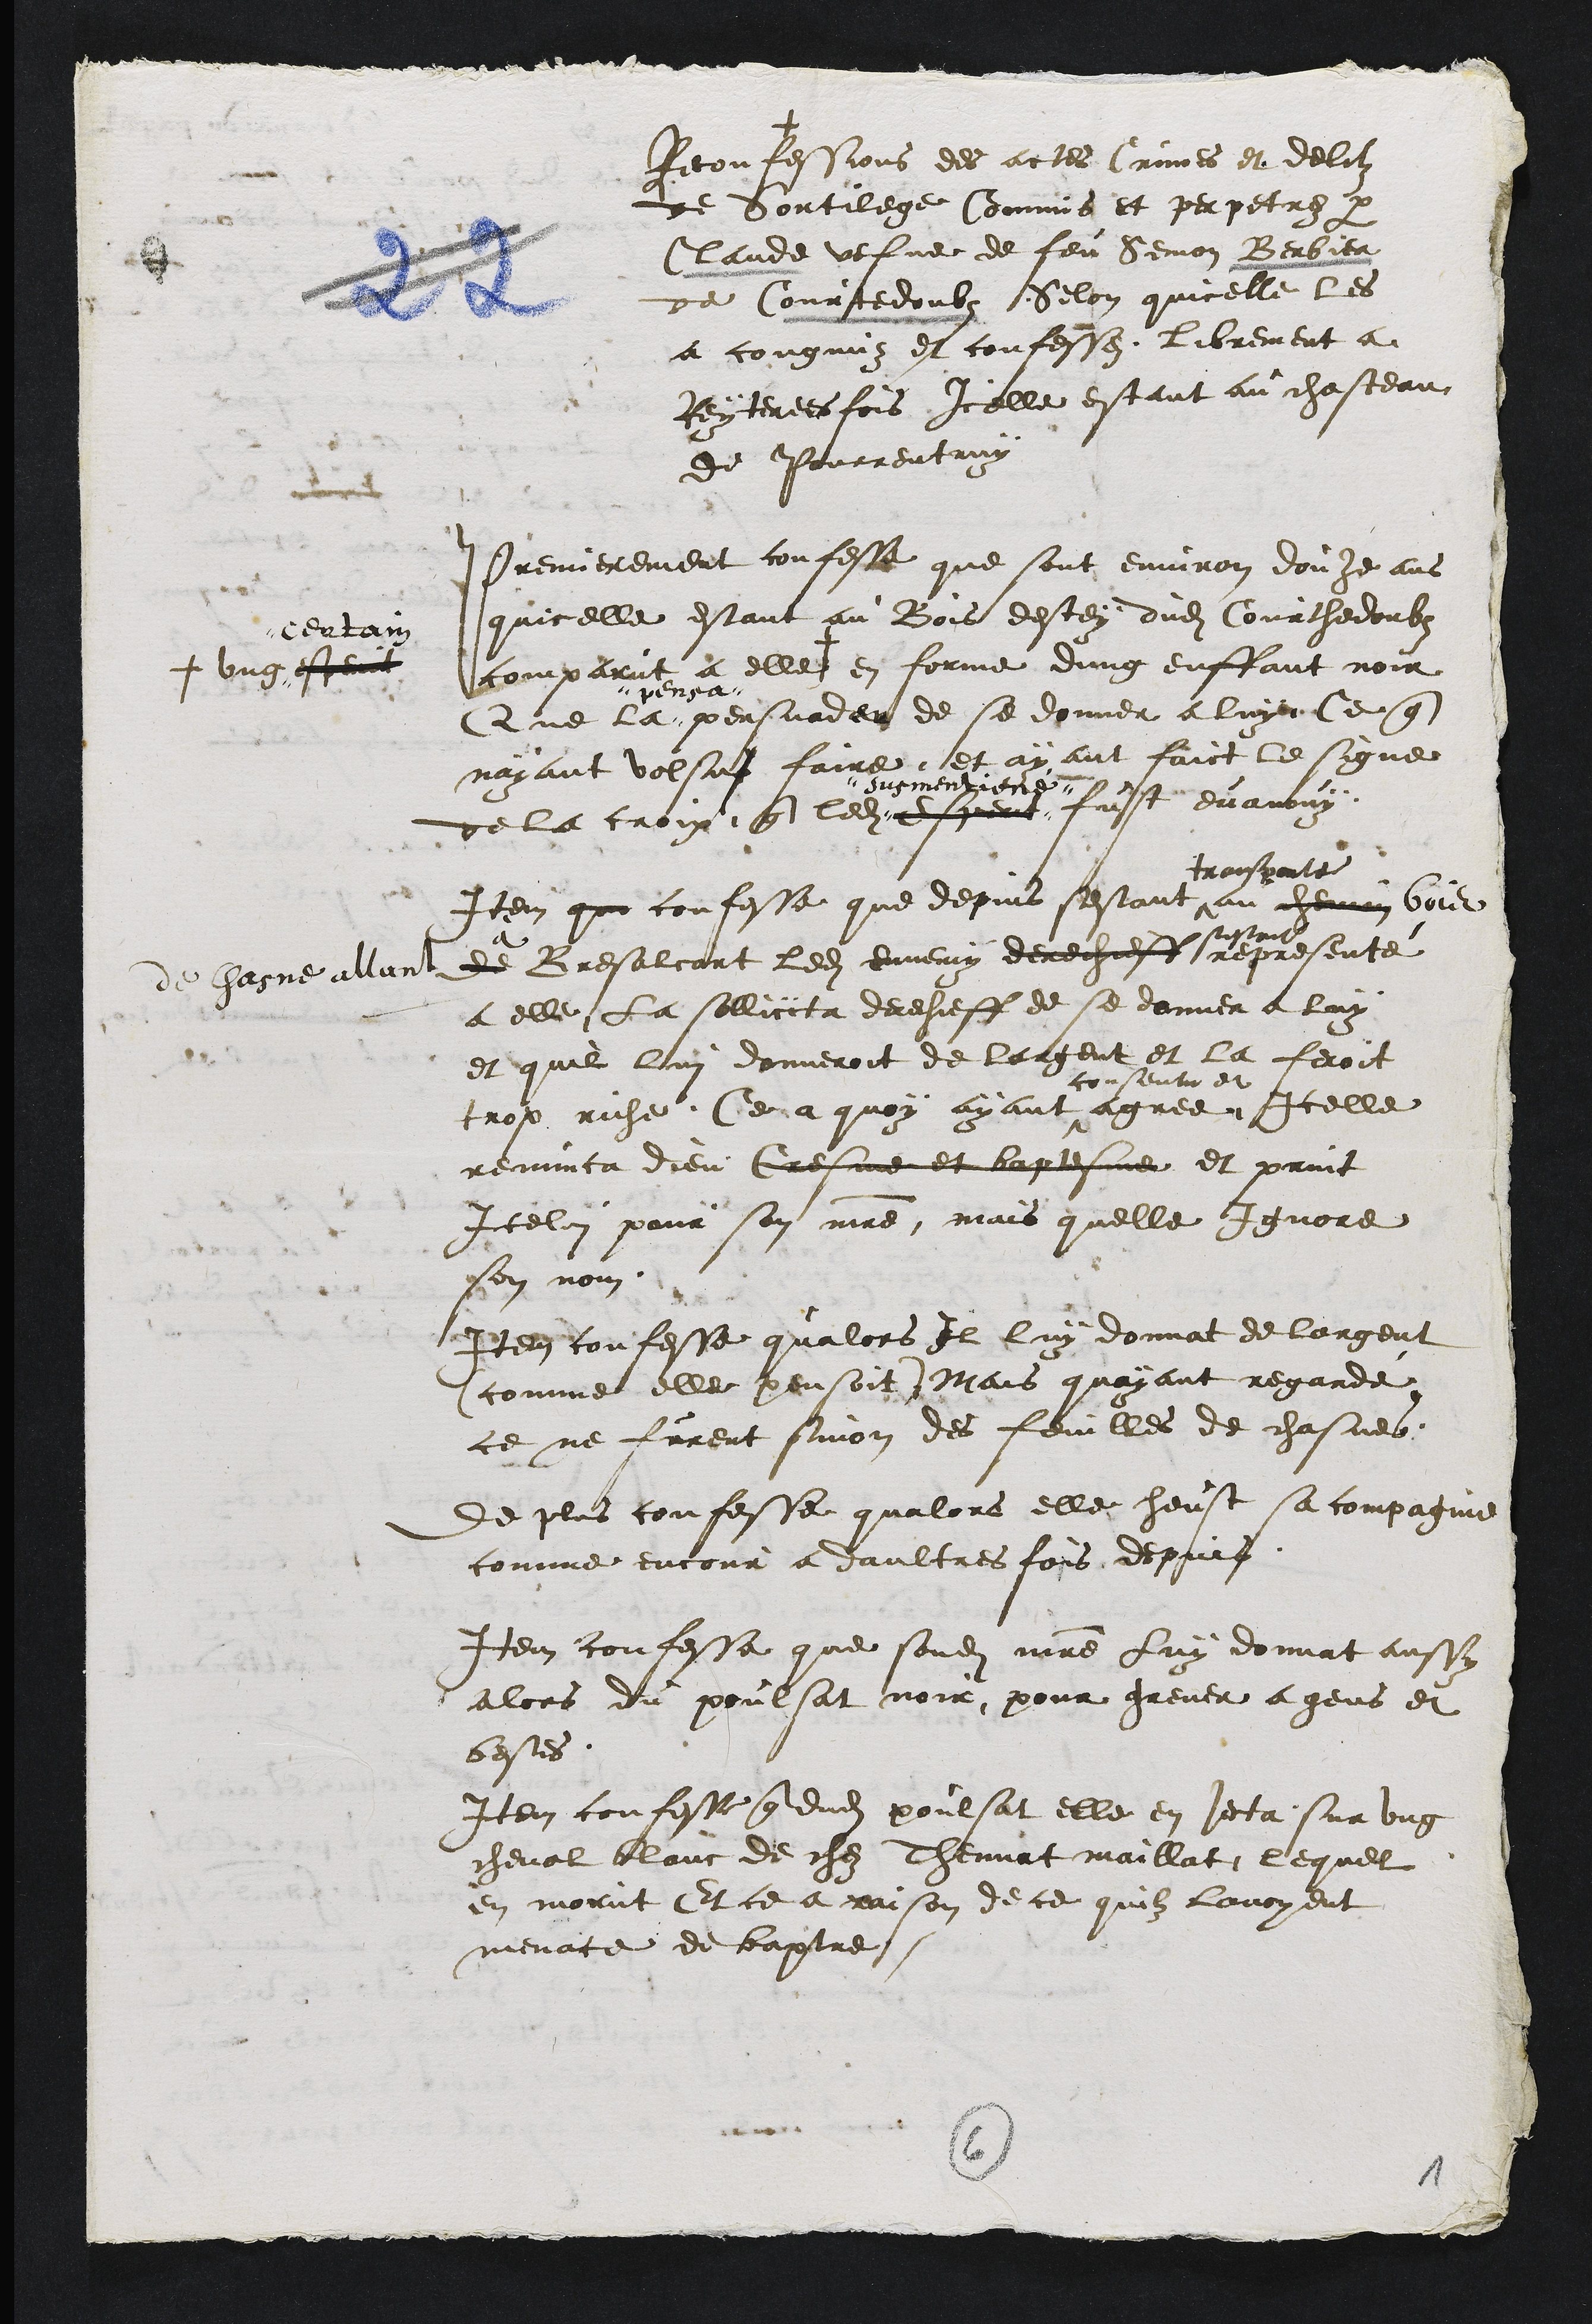
+
Reconfessions des actes Crimes et delitz
de Sortilege Commis et perpetrez par
Claude vefve de feu Semon Berbier
de Courtedoubs Selon quicelle les
a congnuz et confesses librement a
Reyterees fois Icelle estant au chasteau
de Pourrentruy
Premierement confesse que sont environ douze ans
quicelle estant au Bois destey dudit Courthedoubs
comparut a elle +
+ ung esperit
certain
en forme ung enffant noir
Que la
pensat
persuader de se donner a luy Ce que
nayant volsus faire et ayant faict le signe
de la croix que ledit esperit
susmentione
fust evanouy
Item que confesse que depuis sestant
transporte
au chemin bois
de Chasne allant de a Bresalcort ledit ennemy derechieff
sestant
representé
a elle La sollicita derechieff de se donner a luy
et quil lui donneroit de largent et la feroit
trop riche. Ce a quoy ayant
consentu et
agree Icelle
renunca dieu Cresme et baptesme et print
Icelui pour son maitre mais quelle ignore
son nom
Item confesse qualors Il luy donnat de largent
(comme elle pensoit) Mais quayant regardé
ce ne furent sinon des feuilles de chasnes.
de plus confesse qualors elle heust sa compagnie
comme encour a daultres fois depuis
Item confesse que sondit maitre Luy donnat aussy
alors du poulsat noir pour grever a gens et
bestes.
Item confesse que dudit poulsat elle en jecta sur ung
cheval blanc de chez Thennat maillat, lequel
en morut Et ce a raison de ce quilz lavoyent
menace de baptre